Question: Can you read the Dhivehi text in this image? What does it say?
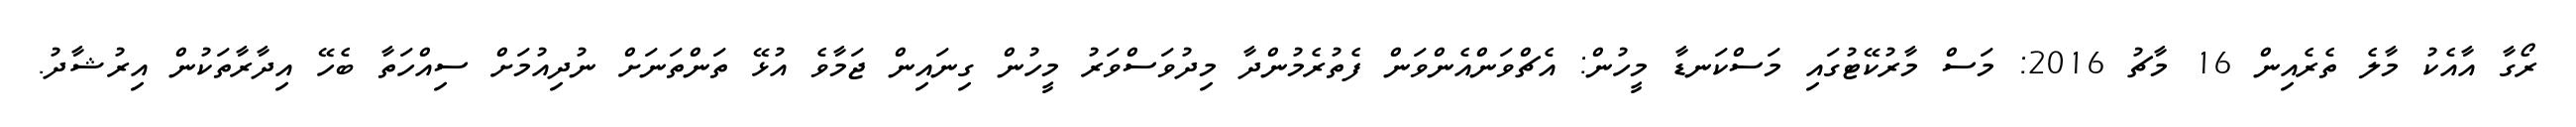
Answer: ރޯގާ އާއެކު މާލެ ތެރެއިން 16 މާޗު 2016: މަސް މާރުކޭޓުގައި މަސްކަނޑާ މީހުން: އެޗްވަންއެންވަން ފެތުރެމުންދާ މިދުވަސްވަރު މީހުން ގިނައިން ޖަމާވެ އުޅޭ ތަންތަނަށް ނުދިއުމަށް ސިއްހަތާ ބެހޭ އިދާރާތަކުން އިރުޝާދު.